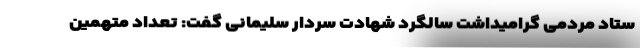
ستاد مردمی گرامیداشت سالگرد شهادت سردار سلیمانی گفت: تعداد متهمین